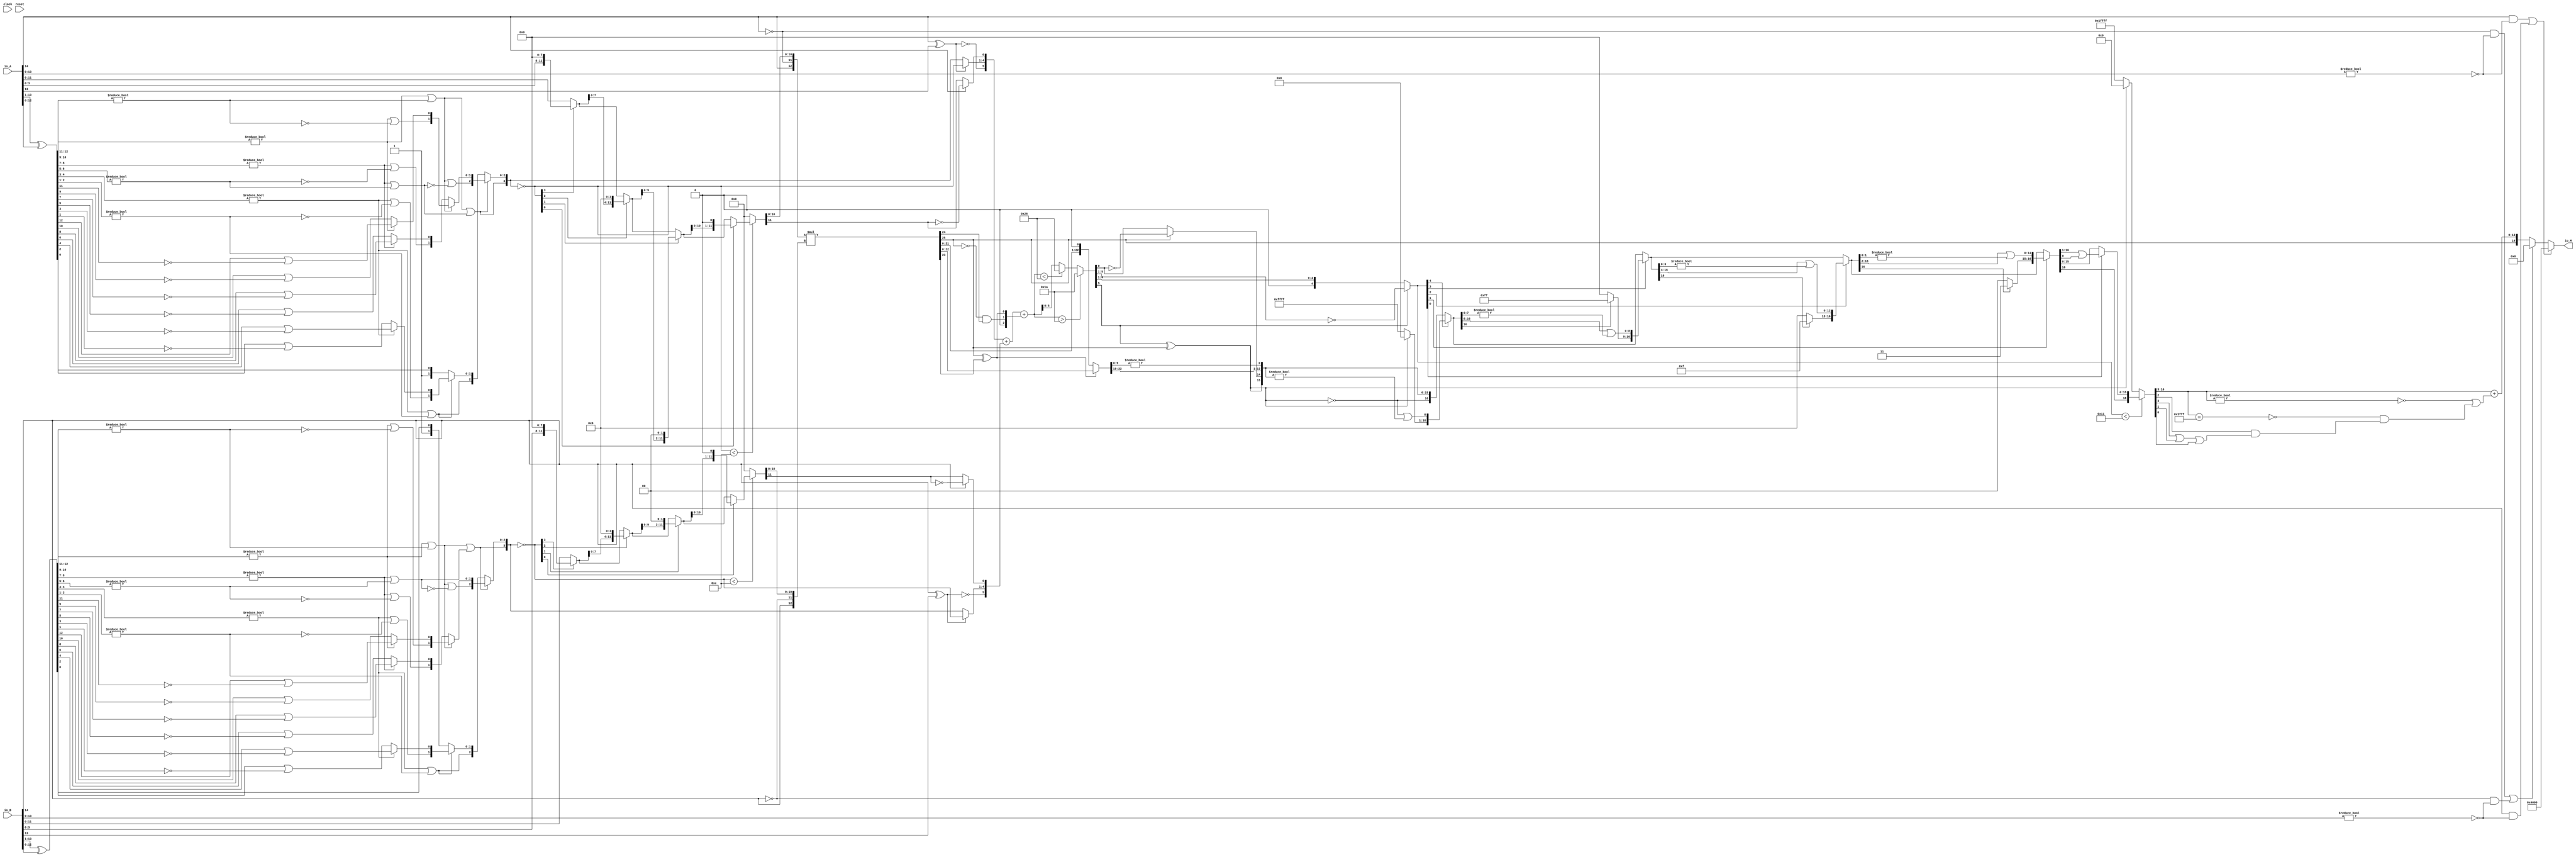
module PositMultiplier15_1(
  input         clock,
  input         reset,
  input  [14:0] io_A,
  input  [14:0] io_B,
  output [14:0] io_M
);
  wire  _T_1; // @[convert.scala 18:24]
  wire  _T_2; // @[convert.scala 18:40]
  wire  _T_3; // @[convert.scala 18:36]
  wire [12:0] _T_4; // @[convert.scala 19:24]
  wire [12:0] _T_5; // @[convert.scala 19:43]
  wire [12:0] _T_6; // @[convert.scala 19:39]
  wire [7:0] _T_7; // @[LZD.scala 43:32]
  wire [3:0] _T_8; // @[LZD.scala 43:32]
  wire [1:0] _T_9; // @[LZD.scala 43:32]
  wire  _T_10; // @[LZD.scala 39:14]
  wire  _T_11; // @[LZD.scala 39:21]
  wire  _T_12; // @[LZD.scala 39:30]
  wire  _T_13; // @[LZD.scala 39:27]
  wire  _T_14; // @[LZD.scala 39:25]
  wire [1:0] _T_15; // @[Cat.scala 29:58]
  wire [1:0] _T_16; // @[LZD.scala 44:32]
  wire  _T_17; // @[LZD.scala 39:14]
  wire  _T_18; // @[LZD.scala 39:21]
  wire  _T_19; // @[LZD.scala 39:30]
  wire  _T_20; // @[LZD.scala 39:27]
  wire  _T_21; // @[LZD.scala 39:25]
  wire [1:0] _T_22; // @[Cat.scala 29:58]
  wire  _T_23; // @[Shift.scala 12:21]
  wire  _T_24; // @[Shift.scala 12:21]
  wire  _T_25; // @[LZD.scala 49:16]
  wire  _T_26; // @[LZD.scala 49:27]
  wire  _T_27; // @[LZD.scala 49:25]
  wire  _T_28; // @[LZD.scala 49:47]
  wire  _T_29; // @[LZD.scala 49:59]
  wire  _T_30; // @[LZD.scala 49:35]
  wire [2:0] _T_32; // @[Cat.scala 29:58]
  wire [3:0] _T_33; // @[LZD.scala 44:32]
  wire [1:0] _T_34; // @[LZD.scala 43:32]
  wire  _T_35; // @[LZD.scala 39:14]
  wire  _T_36; // @[LZD.scala 39:21]
  wire  _T_37; // @[LZD.scala 39:30]
  wire  _T_38; // @[LZD.scala 39:27]
  wire  _T_39; // @[LZD.scala 39:25]
  wire [1:0] _T_40; // @[Cat.scala 29:58]
  wire [1:0] _T_41; // @[LZD.scala 44:32]
  wire  _T_42; // @[LZD.scala 39:14]
  wire  _T_43; // @[LZD.scala 39:21]
  wire  _T_44; // @[LZD.scala 39:30]
  wire  _T_45; // @[LZD.scala 39:27]
  wire  _T_46; // @[LZD.scala 39:25]
  wire [1:0] _T_47; // @[Cat.scala 29:58]
  wire  _T_48; // @[Shift.scala 12:21]
  wire  _T_49; // @[Shift.scala 12:21]
  wire  _T_50; // @[LZD.scala 49:16]
  wire  _T_51; // @[LZD.scala 49:27]
  wire  _T_52; // @[LZD.scala 49:25]
  wire  _T_53; // @[LZD.scala 49:47]
  wire  _T_54; // @[LZD.scala 49:59]
  wire  _T_55; // @[LZD.scala 49:35]
  wire [2:0] _T_57; // @[Cat.scala 29:58]
  wire  _T_58; // @[Shift.scala 12:21]
  wire  _T_59; // @[Shift.scala 12:21]
  wire  _T_60; // @[LZD.scala 49:16]
  wire  _T_61; // @[LZD.scala 49:27]
  wire  _T_62; // @[LZD.scala 49:25]
  wire [1:0] _T_63; // @[LZD.scala 49:47]
  wire [1:0] _T_64; // @[LZD.scala 49:59]
  wire [1:0] _T_65; // @[LZD.scala 49:35]
  wire [3:0] _T_67; // @[Cat.scala 29:58]
  wire [4:0] _T_68; // @[LZD.scala 44:32]
  wire [3:0] _T_69; // @[LZD.scala 43:32]
  wire [1:0] _T_70; // @[LZD.scala 43:32]
  wire  _T_71; // @[LZD.scala 39:14]
  wire  _T_72; // @[LZD.scala 39:21]
  wire  _T_73; // @[LZD.scala 39:30]
  wire  _T_74; // @[LZD.scala 39:27]
  wire  _T_75; // @[LZD.scala 39:25]
  wire [1:0] _T_76; // @[Cat.scala 29:58]
  wire [1:0] _T_77; // @[LZD.scala 44:32]
  wire  _T_78; // @[LZD.scala 39:14]
  wire  _T_79; // @[LZD.scala 39:21]
  wire  _T_80; // @[LZD.scala 39:30]
  wire  _T_81; // @[LZD.scala 39:27]
  wire  _T_82; // @[LZD.scala 39:25]
  wire [1:0] _T_83; // @[Cat.scala 29:58]
  wire  _T_84; // @[Shift.scala 12:21]
  wire  _T_85; // @[Shift.scala 12:21]
  wire  _T_86; // @[LZD.scala 49:16]
  wire  _T_87; // @[LZD.scala 49:27]
  wire  _T_88; // @[LZD.scala 49:25]
  wire  _T_89; // @[LZD.scala 49:47]
  wire  _T_90; // @[LZD.scala 49:59]
  wire  _T_91; // @[LZD.scala 49:35]
  wire [2:0] _T_93; // @[Cat.scala 29:58]
  wire  _T_94; // @[LZD.scala 44:32]
  wire  _T_96; // @[Shift.scala 12:21]
  wire [1:0] _T_98; // @[Cat.scala 29:58]
  wire [1:0] _T_99; // @[LZD.scala 55:32]
  wire [1:0] _T_100; // @[LZD.scala 55:20]
  wire [2:0] _T_101; // @[Cat.scala 29:58]
  wire  _T_102; // @[Shift.scala 12:21]
  wire [2:0] _T_104; // @[LZD.scala 55:32]
  wire [2:0] _T_105; // @[LZD.scala 55:20]
  wire [3:0] _T_106; // @[Cat.scala 29:58]
  wire [3:0] _T_107; // @[convert.scala 21:22]
  wire [11:0] _T_108; // @[convert.scala 22:36]
  wire  _T_109; // @[Shift.scala 16:24]
  wire  _T_111; // @[Shift.scala 12:21]
  wire [3:0] _T_112; // @[Shift.scala 64:52]
  wire [11:0] _T_114; // @[Cat.scala 29:58]
  wire [11:0] _T_115; // @[Shift.scala 64:27]
  wire [2:0] _T_116; // @[Shift.scala 66:70]
  wire  _T_117; // @[Shift.scala 12:21]
  wire [7:0] _T_118; // @[Shift.scala 64:52]
  wire [11:0] _T_120; // @[Cat.scala 29:58]
  wire [11:0] _T_121; // @[Shift.scala 64:27]
  wire [1:0] _T_122; // @[Shift.scala 66:70]
  wire  _T_123; // @[Shift.scala 12:21]
  wire [9:0] _T_124; // @[Shift.scala 64:52]
  wire [11:0] _T_126; // @[Cat.scala 29:58]
  wire [11:0] _T_127; // @[Shift.scala 64:27]
  wire  _T_128; // @[Shift.scala 66:70]
  wire [10:0] _T_130; // @[Shift.scala 64:52]
  wire [11:0] _T_131; // @[Cat.scala 29:58]
  wire [11:0] _T_132; // @[Shift.scala 64:27]
  wire [11:0] _T_133; // @[Shift.scala 16:10]
  wire  _T_134; // @[convert.scala 23:34]
  wire [10:0] decA_fraction; // @[convert.scala 24:34]
  wire  _T_136; // @[convert.scala 25:26]
  wire [3:0] _T_138; // @[convert.scala 25:42]
  wire  _T_141; // @[convert.scala 26:67]
  wire  _T_142; // @[convert.scala 26:51]
  wire [5:0] _T_143; // @[Cat.scala 29:58]
  wire [13:0] _T_145; // @[convert.scala 29:56]
  wire  _T_146; // @[convert.scala 29:60]
  wire  _T_147; // @[convert.scala 29:41]
  wire  decA_isNaR; // @[convert.scala 29:39]
  wire  _T_150; // @[convert.scala 30:19]
  wire  decA_isZero; // @[convert.scala 30:41]
  wire [5:0] decA_scale; // @[convert.scala 32:24]
  wire  _T_159; // @[convert.scala 18:24]
  wire  _T_160; // @[convert.scala 18:40]
  wire  _T_161; // @[convert.scala 18:36]
  wire [12:0] _T_162; // @[convert.scala 19:24]
  wire [12:0] _T_163; // @[convert.scala 19:43]
  wire [12:0] _T_164; // @[convert.scala 19:39]
  wire [7:0] _T_165; // @[LZD.scala 43:32]
  wire [3:0] _T_166; // @[LZD.scala 43:32]
  wire [1:0] _T_167; // @[LZD.scala 43:32]
  wire  _T_168; // @[LZD.scala 39:14]
  wire  _T_169; // @[LZD.scala 39:21]
  wire  _T_170; // @[LZD.scala 39:30]
  wire  _T_171; // @[LZD.scala 39:27]
  wire  _T_172; // @[LZD.scala 39:25]
  wire [1:0] _T_173; // @[Cat.scala 29:58]
  wire [1:0] _T_174; // @[LZD.scala 44:32]
  wire  _T_175; // @[LZD.scala 39:14]
  wire  _T_176; // @[LZD.scala 39:21]
  wire  _T_177; // @[LZD.scala 39:30]
  wire  _T_178; // @[LZD.scala 39:27]
  wire  _T_179; // @[LZD.scala 39:25]
  wire [1:0] _T_180; // @[Cat.scala 29:58]
  wire  _T_181; // @[Shift.scala 12:21]
  wire  _T_182; // @[Shift.scala 12:21]
  wire  _T_183; // @[LZD.scala 49:16]
  wire  _T_184; // @[LZD.scala 49:27]
  wire  _T_185; // @[LZD.scala 49:25]
  wire  _T_186; // @[LZD.scala 49:47]
  wire  _T_187; // @[LZD.scala 49:59]
  wire  _T_188; // @[LZD.scala 49:35]
  wire [2:0] _T_190; // @[Cat.scala 29:58]
  wire [3:0] _T_191; // @[LZD.scala 44:32]
  wire [1:0] _T_192; // @[LZD.scala 43:32]
  wire  _T_193; // @[LZD.scala 39:14]
  wire  _T_194; // @[LZD.scala 39:21]
  wire  _T_195; // @[LZD.scala 39:30]
  wire  _T_196; // @[LZD.scala 39:27]
  wire  _T_197; // @[LZD.scala 39:25]
  wire [1:0] _T_198; // @[Cat.scala 29:58]
  wire [1:0] _T_199; // @[LZD.scala 44:32]
  wire  _T_200; // @[LZD.scala 39:14]
  wire  _T_201; // @[LZD.scala 39:21]
  wire  _T_202; // @[LZD.scala 39:30]
  wire  _T_203; // @[LZD.scala 39:27]
  wire  _T_204; // @[LZD.scala 39:25]
  wire [1:0] _T_205; // @[Cat.scala 29:58]
  wire  _T_206; // @[Shift.scala 12:21]
  wire  _T_207; // @[Shift.scala 12:21]
  wire  _T_208; // @[LZD.scala 49:16]
  wire  _T_209; // @[LZD.scala 49:27]
  wire  _T_210; // @[LZD.scala 49:25]
  wire  _T_211; // @[LZD.scala 49:47]
  wire  _T_212; // @[LZD.scala 49:59]
  wire  _T_213; // @[LZD.scala 49:35]
  wire [2:0] _T_215; // @[Cat.scala 29:58]
  wire  _T_216; // @[Shift.scala 12:21]
  wire  _T_217; // @[Shift.scala 12:21]
  wire  _T_218; // @[LZD.scala 49:16]
  wire  _T_219; // @[LZD.scala 49:27]
  wire  _T_220; // @[LZD.scala 49:25]
  wire [1:0] _T_221; // @[LZD.scala 49:47]
  wire [1:0] _T_222; // @[LZD.scala 49:59]
  wire [1:0] _T_223; // @[LZD.scala 49:35]
  wire [3:0] _T_225; // @[Cat.scala 29:58]
  wire [4:0] _T_226; // @[LZD.scala 44:32]
  wire [3:0] _T_227; // @[LZD.scala 43:32]
  wire [1:0] _T_228; // @[LZD.scala 43:32]
  wire  _T_229; // @[LZD.scala 39:14]
  wire  _T_230; // @[LZD.scala 39:21]
  wire  _T_231; // @[LZD.scala 39:30]
  wire  _T_232; // @[LZD.scala 39:27]
  wire  _T_233; // @[LZD.scala 39:25]
  wire [1:0] _T_234; // @[Cat.scala 29:58]
  wire [1:0] _T_235; // @[LZD.scala 44:32]
  wire  _T_236; // @[LZD.scala 39:14]
  wire  _T_237; // @[LZD.scala 39:21]
  wire  _T_238; // @[LZD.scala 39:30]
  wire  _T_239; // @[LZD.scala 39:27]
  wire  _T_240; // @[LZD.scala 39:25]
  wire [1:0] _T_241; // @[Cat.scala 29:58]
  wire  _T_242; // @[Shift.scala 12:21]
  wire  _T_243; // @[Shift.scala 12:21]
  wire  _T_244; // @[LZD.scala 49:16]
  wire  _T_245; // @[LZD.scala 49:27]
  wire  _T_246; // @[LZD.scala 49:25]
  wire  _T_247; // @[LZD.scala 49:47]
  wire  _T_248; // @[LZD.scala 49:59]
  wire  _T_249; // @[LZD.scala 49:35]
  wire [2:0] _T_251; // @[Cat.scala 29:58]
  wire  _T_252; // @[LZD.scala 44:32]
  wire  _T_254; // @[Shift.scala 12:21]
  wire [1:0] _T_256; // @[Cat.scala 29:58]
  wire [1:0] _T_257; // @[LZD.scala 55:32]
  wire [1:0] _T_258; // @[LZD.scala 55:20]
  wire [2:0] _T_259; // @[Cat.scala 29:58]
  wire  _T_260; // @[Shift.scala 12:21]
  wire [2:0] _T_262; // @[LZD.scala 55:32]
  wire [2:0] _T_263; // @[LZD.scala 55:20]
  wire [3:0] _T_264; // @[Cat.scala 29:58]
  wire [3:0] _T_265; // @[convert.scala 21:22]
  wire [11:0] _T_266; // @[convert.scala 22:36]
  wire  _T_267; // @[Shift.scala 16:24]
  wire  _T_269; // @[Shift.scala 12:21]
  wire [3:0] _T_270; // @[Shift.scala 64:52]
  wire [11:0] _T_272; // @[Cat.scala 29:58]
  wire [11:0] _T_273; // @[Shift.scala 64:27]
  wire [2:0] _T_274; // @[Shift.scala 66:70]
  wire  _T_275; // @[Shift.scala 12:21]
  wire [7:0] _T_276; // @[Shift.scala 64:52]
  wire [11:0] _T_278; // @[Cat.scala 29:58]
  wire [11:0] _T_279; // @[Shift.scala 64:27]
  wire [1:0] _T_280; // @[Shift.scala 66:70]
  wire  _T_281; // @[Shift.scala 12:21]
  wire [9:0] _T_282; // @[Shift.scala 64:52]
  wire [11:0] _T_284; // @[Cat.scala 29:58]
  wire [11:0] _T_285; // @[Shift.scala 64:27]
  wire  _T_286; // @[Shift.scala 66:70]
  wire [10:0] _T_288; // @[Shift.scala 64:52]
  wire [11:0] _T_289; // @[Cat.scala 29:58]
  wire [11:0] _T_290; // @[Shift.scala 64:27]
  wire [11:0] _T_291; // @[Shift.scala 16:10]
  wire  _T_292; // @[convert.scala 23:34]
  wire [10:0] decB_fraction; // @[convert.scala 24:34]
  wire  _T_294; // @[convert.scala 25:26]
  wire [3:0] _T_296; // @[convert.scala 25:42]
  wire  _T_299; // @[convert.scala 26:67]
  wire  _T_300; // @[convert.scala 26:51]
  wire [5:0] _T_301; // @[Cat.scala 29:58]
  wire [13:0] _T_303; // @[convert.scala 29:56]
  wire  _T_304; // @[convert.scala 29:60]
  wire  _T_305; // @[convert.scala 29:41]
  wire  decB_isNaR; // @[convert.scala 29:39]
  wire  _T_308; // @[convert.scala 30:19]
  wire  decB_isZero; // @[convert.scala 30:41]
  wire [5:0] decB_scale; // @[convert.scala 32:24]
  wire  _T_316; // @[PositMultiplier.scala 43:34]
  wire [12:0] _T_318; // @[Cat.scala 29:58]
  wire [12:0] sigA; // @[PositMultiplier.scala 43:61]
  wire  _T_319; // @[PositMultiplier.scala 44:34]
  wire [12:0] _T_321; // @[Cat.scala 29:58]
  wire [12:0] sigB; // @[PositMultiplier.scala 44:61]
  wire [25:0] _T_322; // @[PositMultiplier.scala 45:25]
  wire [25:0] sigP; // @[PositMultiplier.scala 45:33]
  wire [1:0] head2; // @[PositMultiplier.scala 46:28]
  wire  _T_323; // @[PositMultiplier.scala 47:31]
  wire  _T_324; // @[PositMultiplier.scala 47:25]
  wire  _T_325; // @[PositMultiplier.scala 47:42]
  wire  addTwo; // @[PositMultiplier.scala 47:35]
  wire  _T_326; // @[PositMultiplier.scala 49:23]
  wire  _T_327; // @[PositMultiplier.scala 49:49]
  wire  addOne; // @[PositMultiplier.scala 49:43]
  wire [1:0] _T_328; // @[Cat.scala 29:58]
  wire [2:0] expBias; // @[PositMultiplier.scala 50:39]
  wire [22:0] _T_329; // @[PositMultiplier.scala 53:81]
  wire [21:0] _T_330; // @[PositMultiplier.scala 54:81]
  wire [22:0] _T_331; // @[PositMultiplier.scala 54:104]
  wire [22:0] frac; // @[PositMultiplier.scala 51:22]
  wire [6:0] _T_332; // @[PositMultiplier.scala 56:30]
  wire [6:0] _GEN_0; // @[PositMultiplier.scala 56:44]
  wire [6:0] _T_334; // @[PositMultiplier.scala 56:44]
  wire [6:0] mulScale; // @[PositMultiplier.scala 56:44]
  wire  underflow; // @[PositMultiplier.scala 57:28]
  wire  overflow; // @[PositMultiplier.scala 58:28]
  wire  decM_sign; // @[PositMultiplier.scala 62:29]
  wire [6:0] _T_337; // @[Mux.scala 87:16]
  wire [6:0] _T_338; // @[Mux.scala 87:16]
  wire [10:0] decM_fraction; // @[PositMultiplier.scala 70:29]
  wire  decM_isNaR; // @[PositMultiplier.scala 71:31]
  wire  decM_isZero; // @[PositMultiplier.scala 72:32]
  wire [11:0] grsTmp; // @[PositMultiplier.scala 75:30]
  wire [1:0] _T_342; // @[PositMultiplier.scala 78:32]
  wire [9:0] _T_343; // @[PositMultiplier.scala 78:48]
  wire  _T_344; // @[PositMultiplier.scala 78:52]
  wire [5:0] _GEN_1; // @[PositMultiplier.scala 60:23 PositMultiplier.scala 63:17]
  wire [5:0] decM_scale; // @[PositMultiplier.scala 60:23 PositMultiplier.scala 63:17]
  wire  _T_347; // @[convert.scala 46:61]
  wire  _T_348; // @[convert.scala 46:52]
  wire  _T_350; // @[convert.scala 46:42]
  wire [4:0] _T_351; // @[convert.scala 48:34]
  wire  _T_352; // @[convert.scala 49:36]
  wire [4:0] _T_354; // @[convert.scala 50:36]
  wire [4:0] _T_355; // @[convert.scala 50:36]
  wire [4:0] _T_356; // @[convert.scala 50:28]
  wire  _T_357; // @[convert.scala 51:31]
  wire  _T_358; // @[convert.scala 52:43]
  wire [16:0] _T_362; // @[Cat.scala 29:58]
  wire [4:0] _T_363; // @[Shift.scala 39:17]
  wire  _T_364; // @[Shift.scala 39:24]
  wire  _T_366; // @[Shift.scala 90:30]
  wire [15:0] _T_367; // @[Shift.scala 90:48]
  wire  _T_368; // @[Shift.scala 90:57]
  wire  _T_369; // @[Shift.scala 90:39]
  wire  _T_370; // @[Shift.scala 12:21]
  wire  _T_371; // @[Shift.scala 12:21]
  wire [15:0] _T_373; // @[Bitwise.scala 71:12]
  wire [16:0] _T_374; // @[Cat.scala 29:58]
  wire [16:0] _T_375; // @[Shift.scala 91:22]
  wire [3:0] _T_376; // @[Shift.scala 92:77]
  wire [8:0] _T_377; // @[Shift.scala 90:30]
  wire [7:0] _T_378; // @[Shift.scala 90:48]
  wire  _T_379; // @[Shift.scala 90:57]
  wire [8:0] _GEN_2; // @[Shift.scala 90:39]
  wire [8:0] _T_380; // @[Shift.scala 90:39]
  wire  _T_381; // @[Shift.scala 12:21]
  wire  _T_382; // @[Shift.scala 12:21]
  wire [7:0] _T_384; // @[Bitwise.scala 71:12]
  wire [16:0] _T_385; // @[Cat.scala 29:58]
  wire [16:0] _T_386; // @[Shift.scala 91:22]
  wire [2:0] _T_387; // @[Shift.scala 92:77]
  wire [12:0] _T_388; // @[Shift.scala 90:30]
  wire [3:0] _T_389; // @[Shift.scala 90:48]
  wire  _T_390; // @[Shift.scala 90:57]
  wire [12:0] _GEN_3; // @[Shift.scala 90:39]
  wire [12:0] _T_391; // @[Shift.scala 90:39]
  wire  _T_392; // @[Shift.scala 12:21]
  wire  _T_393; // @[Shift.scala 12:21]
  wire [3:0] _T_395; // @[Bitwise.scala 71:12]
  wire [16:0] _T_396; // @[Cat.scala 29:58]
  wire [16:0] _T_397; // @[Shift.scala 91:22]
  wire [1:0] _T_398; // @[Shift.scala 92:77]
  wire [14:0] _T_399; // @[Shift.scala 90:30]
  wire [1:0] _T_400; // @[Shift.scala 90:48]
  wire  _T_401; // @[Shift.scala 90:57]
  wire [14:0] _GEN_4; // @[Shift.scala 90:39]
  wire [14:0] _T_402; // @[Shift.scala 90:39]
  wire  _T_403; // @[Shift.scala 12:21]
  wire  _T_404; // @[Shift.scala 12:21]
  wire [1:0] _T_406; // @[Bitwise.scala 71:12]
  wire [16:0] _T_407; // @[Cat.scala 29:58]
  wire [16:0] _T_408; // @[Shift.scala 91:22]
  wire  _T_409; // @[Shift.scala 92:77]
  wire [15:0] _T_410; // @[Shift.scala 90:30]
  wire  _T_411; // @[Shift.scala 90:48]
  wire [15:0] _GEN_5; // @[Shift.scala 90:39]
  wire [15:0] _T_413; // @[Shift.scala 90:39]
  wire  _T_415; // @[Shift.scala 12:21]
  wire [16:0] _T_416; // @[Cat.scala 29:58]
  wire [16:0] _T_417; // @[Shift.scala 91:22]
  wire [16:0] _T_420; // @[Bitwise.scala 71:12]
  wire [16:0] _T_421; // @[Shift.scala 39:10]
  wire  _T_422; // @[convert.scala 55:31]
  wire  _T_423; // @[convert.scala 56:31]
  wire  _T_424; // @[convert.scala 57:31]
  wire  _T_425; // @[convert.scala 58:31]
  wire [13:0] _T_426; // @[convert.scala 59:69]
  wire  _T_427; // @[convert.scala 59:81]
  wire  _T_428; // @[convert.scala 59:50]
  wire  _T_430; // @[convert.scala 60:81]
  wire  _T_431; // @[convert.scala 61:44]
  wire  _T_432; // @[convert.scala 61:52]
  wire  _T_433; // @[convert.scala 61:36]
  wire  _T_434; // @[convert.scala 62:63]
  wire  _T_435; // @[convert.scala 62:103]
  wire  _T_436; // @[convert.scala 62:60]
  wire [13:0] _GEN_6; // @[convert.scala 63:56]
  wire [13:0] _T_439; // @[convert.scala 63:56]
  wire [14:0] _T_440; // @[Cat.scala 29:58]
  wire [14:0] _T_442; // @[Mux.scala 87:16]
  assign _T_1 = io_A[14]; // @[convert.scala 18:24]
  assign _T_2 = io_A[13]; // @[convert.scala 18:40]
  assign _T_3 = _T_1 ^ _T_2; // @[convert.scala 18:36]
  assign _T_4 = io_A[13:1]; // @[convert.scala 19:24]
  assign _T_5 = io_A[12:0]; // @[convert.scala 19:43]
  assign _T_6 = _T_4 ^ _T_5; // @[convert.scala 19:39]
  assign _T_7 = _T_6[12:5]; // @[LZD.scala 43:32]
  assign _T_8 = _T_7[7:4]; // @[LZD.scala 43:32]
  assign _T_9 = _T_8[3:2]; // @[LZD.scala 43:32]
  assign _T_10 = _T_9 != 2'h0; // @[LZD.scala 39:14]
  assign _T_11 = _T_9[1]; // @[LZD.scala 39:21]
  assign _T_12 = _T_9[0]; // @[LZD.scala 39:30]
  assign _T_13 = ~ _T_12; // @[LZD.scala 39:27]
  assign _T_14 = _T_11 | _T_13; // @[LZD.scala 39:25]
  assign _T_15 = {_T_10,_T_14}; // @[Cat.scala 29:58]
  assign _T_16 = _T_8[1:0]; // @[LZD.scala 44:32]
  assign _T_17 = _T_16 != 2'h0; // @[LZD.scala 39:14]
  assign _T_18 = _T_16[1]; // @[LZD.scala 39:21]
  assign _T_19 = _T_16[0]; // @[LZD.scala 39:30]
  assign _T_20 = ~ _T_19; // @[LZD.scala 39:27]
  assign _T_21 = _T_18 | _T_20; // @[LZD.scala 39:25]
  assign _T_22 = {_T_17,_T_21}; // @[Cat.scala 29:58]
  assign _T_23 = _T_15[1]; // @[Shift.scala 12:21]
  assign _T_24 = _T_22[1]; // @[Shift.scala 12:21]
  assign _T_25 = _T_23 | _T_24; // @[LZD.scala 49:16]
  assign _T_26 = ~ _T_24; // @[LZD.scala 49:27]
  assign _T_27 = _T_23 | _T_26; // @[LZD.scala 49:25]
  assign _T_28 = _T_15[0:0]; // @[LZD.scala 49:47]
  assign _T_29 = _T_22[0:0]; // @[LZD.scala 49:59]
  assign _T_30 = _T_23 ? _T_28 : _T_29; // @[LZD.scala 49:35]
  assign _T_32 = {_T_25,_T_27,_T_30}; // @[Cat.scala 29:58]
  assign _T_33 = _T_7[3:0]; // @[LZD.scala 44:32]
  assign _T_34 = _T_33[3:2]; // @[LZD.scala 43:32]
  assign _T_35 = _T_34 != 2'h0; // @[LZD.scala 39:14]
  assign _T_36 = _T_34[1]; // @[LZD.scala 39:21]
  assign _T_37 = _T_34[0]; // @[LZD.scala 39:30]
  assign _T_38 = ~ _T_37; // @[LZD.scala 39:27]
  assign _T_39 = _T_36 | _T_38; // @[LZD.scala 39:25]
  assign _T_40 = {_T_35,_T_39}; // @[Cat.scala 29:58]
  assign _T_41 = _T_33[1:0]; // @[LZD.scala 44:32]
  assign _T_42 = _T_41 != 2'h0; // @[LZD.scala 39:14]
  assign _T_43 = _T_41[1]; // @[LZD.scala 39:21]
  assign _T_44 = _T_41[0]; // @[LZD.scala 39:30]
  assign _T_45 = ~ _T_44; // @[LZD.scala 39:27]
  assign _T_46 = _T_43 | _T_45; // @[LZD.scala 39:25]
  assign _T_47 = {_T_42,_T_46}; // @[Cat.scala 29:58]
  assign _T_48 = _T_40[1]; // @[Shift.scala 12:21]
  assign _T_49 = _T_47[1]; // @[Shift.scala 12:21]
  assign _T_50 = _T_48 | _T_49; // @[LZD.scala 49:16]
  assign _T_51 = ~ _T_49; // @[LZD.scala 49:27]
  assign _T_52 = _T_48 | _T_51; // @[LZD.scala 49:25]
  assign _T_53 = _T_40[0:0]; // @[LZD.scala 49:47]
  assign _T_54 = _T_47[0:0]; // @[LZD.scala 49:59]
  assign _T_55 = _T_48 ? _T_53 : _T_54; // @[LZD.scala 49:35]
  assign _T_57 = {_T_50,_T_52,_T_55}; // @[Cat.scala 29:58]
  assign _T_58 = _T_32[2]; // @[Shift.scala 12:21]
  assign _T_59 = _T_57[2]; // @[Shift.scala 12:21]
  assign _T_60 = _T_58 | _T_59; // @[LZD.scala 49:16]
  assign _T_61 = ~ _T_59; // @[LZD.scala 49:27]
  assign _T_62 = _T_58 | _T_61; // @[LZD.scala 49:25]
  assign _T_63 = _T_32[1:0]; // @[LZD.scala 49:47]
  assign _T_64 = _T_57[1:0]; // @[LZD.scala 49:59]
  assign _T_65 = _T_58 ? _T_63 : _T_64; // @[LZD.scala 49:35]
  assign _T_67 = {_T_60,_T_62,_T_65}; // @[Cat.scala 29:58]
  assign _T_68 = _T_6[4:0]; // @[LZD.scala 44:32]
  assign _T_69 = _T_68[4:1]; // @[LZD.scala 43:32]
  assign _T_70 = _T_69[3:2]; // @[LZD.scala 43:32]
  assign _T_71 = _T_70 != 2'h0; // @[LZD.scala 39:14]
  assign _T_72 = _T_70[1]; // @[LZD.scala 39:21]
  assign _T_73 = _T_70[0]; // @[LZD.scala 39:30]
  assign _T_74 = ~ _T_73; // @[LZD.scala 39:27]
  assign _T_75 = _T_72 | _T_74; // @[LZD.scala 39:25]
  assign _T_76 = {_T_71,_T_75}; // @[Cat.scala 29:58]
  assign _T_77 = _T_69[1:0]; // @[LZD.scala 44:32]
  assign _T_78 = _T_77 != 2'h0; // @[LZD.scala 39:14]
  assign _T_79 = _T_77[1]; // @[LZD.scala 39:21]
  assign _T_80 = _T_77[0]; // @[LZD.scala 39:30]
  assign _T_81 = ~ _T_80; // @[LZD.scala 39:27]
  assign _T_82 = _T_79 | _T_81; // @[LZD.scala 39:25]
  assign _T_83 = {_T_78,_T_82}; // @[Cat.scala 29:58]
  assign _T_84 = _T_76[1]; // @[Shift.scala 12:21]
  assign _T_85 = _T_83[1]; // @[Shift.scala 12:21]
  assign _T_86 = _T_84 | _T_85; // @[LZD.scala 49:16]
  assign _T_87 = ~ _T_85; // @[LZD.scala 49:27]
  assign _T_88 = _T_84 | _T_87; // @[LZD.scala 49:25]
  assign _T_89 = _T_76[0:0]; // @[LZD.scala 49:47]
  assign _T_90 = _T_83[0:0]; // @[LZD.scala 49:59]
  assign _T_91 = _T_84 ? _T_89 : _T_90; // @[LZD.scala 49:35]
  assign _T_93 = {_T_86,_T_88,_T_91}; // @[Cat.scala 29:58]
  assign _T_94 = _T_68[0:0]; // @[LZD.scala 44:32]
  assign _T_96 = _T_93[2]; // @[Shift.scala 12:21]
  assign _T_98 = {1'h1,_T_94}; // @[Cat.scala 29:58]
  assign _T_99 = _T_93[1:0]; // @[LZD.scala 55:32]
  assign _T_100 = _T_96 ? _T_99 : _T_98; // @[LZD.scala 55:20]
  assign _T_101 = {_T_96,_T_100}; // @[Cat.scala 29:58]
  assign _T_102 = _T_67[3]; // @[Shift.scala 12:21]
  assign _T_104 = _T_67[2:0]; // @[LZD.scala 55:32]
  assign _T_105 = _T_102 ? _T_104 : _T_101; // @[LZD.scala 55:20]
  assign _T_106 = {_T_102,_T_105}; // @[Cat.scala 29:58]
  assign _T_107 = ~ _T_106; // @[convert.scala 21:22]
  assign _T_108 = io_A[11:0]; // @[convert.scala 22:36]
  assign _T_109 = _T_107 < 4'hc; // @[Shift.scala 16:24]
  assign _T_111 = _T_107[3]; // @[Shift.scala 12:21]
  assign _T_112 = _T_108[3:0]; // @[Shift.scala 64:52]
  assign _T_114 = {_T_112,8'h0}; // @[Cat.scala 29:58]
  assign _T_115 = _T_111 ? _T_114 : _T_108; // @[Shift.scala 64:27]
  assign _T_116 = _T_107[2:0]; // @[Shift.scala 66:70]
  assign _T_117 = _T_116[2]; // @[Shift.scala 12:21]
  assign _T_118 = _T_115[7:0]; // @[Shift.scala 64:52]
  assign _T_120 = {_T_118,4'h0}; // @[Cat.scala 29:58]
  assign _T_121 = _T_117 ? _T_120 : _T_115; // @[Shift.scala 64:27]
  assign _T_122 = _T_116[1:0]; // @[Shift.scala 66:70]
  assign _T_123 = _T_122[1]; // @[Shift.scala 12:21]
  assign _T_124 = _T_121[9:0]; // @[Shift.scala 64:52]
  assign _T_126 = {_T_124,2'h0}; // @[Cat.scala 29:58]
  assign _T_127 = _T_123 ? _T_126 : _T_121; // @[Shift.scala 64:27]
  assign _T_128 = _T_122[0:0]; // @[Shift.scala 66:70]
  assign _T_130 = _T_127[10:0]; // @[Shift.scala 64:52]
  assign _T_131 = {_T_130,1'h0}; // @[Cat.scala 29:58]
  assign _T_132 = _T_128 ? _T_131 : _T_127; // @[Shift.scala 64:27]
  assign _T_133 = _T_109 ? _T_132 : 12'h0; // @[Shift.scala 16:10]
  assign _T_134 = _T_133[11:11]; // @[convert.scala 23:34]
  assign decA_fraction = _T_133[10:0]; // @[convert.scala 24:34]
  assign _T_136 = _T_3 == 1'h0; // @[convert.scala 25:26]
  assign _T_138 = _T_3 ? _T_107 : _T_106; // @[convert.scala 25:42]
  assign _T_141 = ~ _T_134; // @[convert.scala 26:67]
  assign _T_142 = _T_1 ? _T_141 : _T_134; // @[convert.scala 26:51]
  assign _T_143 = {_T_136,_T_138,_T_142}; // @[Cat.scala 29:58]
  assign _T_145 = io_A[13:0]; // @[convert.scala 29:56]
  assign _T_146 = _T_145 != 14'h0; // @[convert.scala 29:60]
  assign _T_147 = ~ _T_146; // @[convert.scala 29:41]
  assign decA_isNaR = _T_1 & _T_147; // @[convert.scala 29:39]
  assign _T_150 = _T_1 == 1'h0; // @[convert.scala 30:19]
  assign decA_isZero = _T_150 & _T_147; // @[convert.scala 30:41]
  assign decA_scale = $signed(_T_143); // @[convert.scala 32:24]
  assign _T_159 = io_B[14]; // @[convert.scala 18:24]
  assign _T_160 = io_B[13]; // @[convert.scala 18:40]
  assign _T_161 = _T_159 ^ _T_160; // @[convert.scala 18:36]
  assign _T_162 = io_B[13:1]; // @[convert.scala 19:24]
  assign _T_163 = io_B[12:0]; // @[convert.scala 19:43]
  assign _T_164 = _T_162 ^ _T_163; // @[convert.scala 19:39]
  assign _T_165 = _T_164[12:5]; // @[LZD.scala 43:32]
  assign _T_166 = _T_165[7:4]; // @[LZD.scala 43:32]
  assign _T_167 = _T_166[3:2]; // @[LZD.scala 43:32]
  assign _T_168 = _T_167 != 2'h0; // @[LZD.scala 39:14]
  assign _T_169 = _T_167[1]; // @[LZD.scala 39:21]
  assign _T_170 = _T_167[0]; // @[LZD.scala 39:30]
  assign _T_171 = ~ _T_170; // @[LZD.scala 39:27]
  assign _T_172 = _T_169 | _T_171; // @[LZD.scala 39:25]
  assign _T_173 = {_T_168,_T_172}; // @[Cat.scala 29:58]
  assign _T_174 = _T_166[1:0]; // @[LZD.scala 44:32]
  assign _T_175 = _T_174 != 2'h0; // @[LZD.scala 39:14]
  assign _T_176 = _T_174[1]; // @[LZD.scala 39:21]
  assign _T_177 = _T_174[0]; // @[LZD.scala 39:30]
  assign _T_178 = ~ _T_177; // @[LZD.scala 39:27]
  assign _T_179 = _T_176 | _T_178; // @[LZD.scala 39:25]
  assign _T_180 = {_T_175,_T_179}; // @[Cat.scala 29:58]
  assign _T_181 = _T_173[1]; // @[Shift.scala 12:21]
  assign _T_182 = _T_180[1]; // @[Shift.scala 12:21]
  assign _T_183 = _T_181 | _T_182; // @[LZD.scala 49:16]
  assign _T_184 = ~ _T_182; // @[LZD.scala 49:27]
  assign _T_185 = _T_181 | _T_184; // @[LZD.scala 49:25]
  assign _T_186 = _T_173[0:0]; // @[LZD.scala 49:47]
  assign _T_187 = _T_180[0:0]; // @[LZD.scala 49:59]
  assign _T_188 = _T_181 ? _T_186 : _T_187; // @[LZD.scala 49:35]
  assign _T_190 = {_T_183,_T_185,_T_188}; // @[Cat.scala 29:58]
  assign _T_191 = _T_165[3:0]; // @[LZD.scala 44:32]
  assign _T_192 = _T_191[3:2]; // @[LZD.scala 43:32]
  assign _T_193 = _T_192 != 2'h0; // @[LZD.scala 39:14]
  assign _T_194 = _T_192[1]; // @[LZD.scala 39:21]
  assign _T_195 = _T_192[0]; // @[LZD.scala 39:30]
  assign _T_196 = ~ _T_195; // @[LZD.scala 39:27]
  assign _T_197 = _T_194 | _T_196; // @[LZD.scala 39:25]
  assign _T_198 = {_T_193,_T_197}; // @[Cat.scala 29:58]
  assign _T_199 = _T_191[1:0]; // @[LZD.scala 44:32]
  assign _T_200 = _T_199 != 2'h0; // @[LZD.scala 39:14]
  assign _T_201 = _T_199[1]; // @[LZD.scala 39:21]
  assign _T_202 = _T_199[0]; // @[LZD.scala 39:30]
  assign _T_203 = ~ _T_202; // @[LZD.scala 39:27]
  assign _T_204 = _T_201 | _T_203; // @[LZD.scala 39:25]
  assign _T_205 = {_T_200,_T_204}; // @[Cat.scala 29:58]
  assign _T_206 = _T_198[1]; // @[Shift.scala 12:21]
  assign _T_207 = _T_205[1]; // @[Shift.scala 12:21]
  assign _T_208 = _T_206 | _T_207; // @[LZD.scala 49:16]
  assign _T_209 = ~ _T_207; // @[LZD.scala 49:27]
  assign _T_210 = _T_206 | _T_209; // @[LZD.scala 49:25]
  assign _T_211 = _T_198[0:0]; // @[LZD.scala 49:47]
  assign _T_212 = _T_205[0:0]; // @[LZD.scala 49:59]
  assign _T_213 = _T_206 ? _T_211 : _T_212; // @[LZD.scala 49:35]
  assign _T_215 = {_T_208,_T_210,_T_213}; // @[Cat.scala 29:58]
  assign _T_216 = _T_190[2]; // @[Shift.scala 12:21]
  assign _T_217 = _T_215[2]; // @[Shift.scala 12:21]
  assign _T_218 = _T_216 | _T_217; // @[LZD.scala 49:16]
  assign _T_219 = ~ _T_217; // @[LZD.scala 49:27]
  assign _T_220 = _T_216 | _T_219; // @[LZD.scala 49:25]
  assign _T_221 = _T_190[1:0]; // @[LZD.scala 49:47]
  assign _T_222 = _T_215[1:0]; // @[LZD.scala 49:59]
  assign _T_223 = _T_216 ? _T_221 : _T_222; // @[LZD.scala 49:35]
  assign _T_225 = {_T_218,_T_220,_T_223}; // @[Cat.scala 29:58]
  assign _T_226 = _T_164[4:0]; // @[LZD.scala 44:32]
  assign _T_227 = _T_226[4:1]; // @[LZD.scala 43:32]
  assign _T_228 = _T_227[3:2]; // @[LZD.scala 43:32]
  assign _T_229 = _T_228 != 2'h0; // @[LZD.scala 39:14]
  assign _T_230 = _T_228[1]; // @[LZD.scala 39:21]
  assign _T_231 = _T_228[0]; // @[LZD.scala 39:30]
  assign _T_232 = ~ _T_231; // @[LZD.scala 39:27]
  assign _T_233 = _T_230 | _T_232; // @[LZD.scala 39:25]
  assign _T_234 = {_T_229,_T_233}; // @[Cat.scala 29:58]
  assign _T_235 = _T_227[1:0]; // @[LZD.scala 44:32]
  assign _T_236 = _T_235 != 2'h0; // @[LZD.scala 39:14]
  assign _T_237 = _T_235[1]; // @[LZD.scala 39:21]
  assign _T_238 = _T_235[0]; // @[LZD.scala 39:30]
  assign _T_239 = ~ _T_238; // @[LZD.scala 39:27]
  assign _T_240 = _T_237 | _T_239; // @[LZD.scala 39:25]
  assign _T_241 = {_T_236,_T_240}; // @[Cat.scala 29:58]
  assign _T_242 = _T_234[1]; // @[Shift.scala 12:21]
  assign _T_243 = _T_241[1]; // @[Shift.scala 12:21]
  assign _T_244 = _T_242 | _T_243; // @[LZD.scala 49:16]
  assign _T_245 = ~ _T_243; // @[LZD.scala 49:27]
  assign _T_246 = _T_242 | _T_245; // @[LZD.scala 49:25]
  assign _T_247 = _T_234[0:0]; // @[LZD.scala 49:47]
  assign _T_248 = _T_241[0:0]; // @[LZD.scala 49:59]
  assign _T_249 = _T_242 ? _T_247 : _T_248; // @[LZD.scala 49:35]
  assign _T_251 = {_T_244,_T_246,_T_249}; // @[Cat.scala 29:58]
  assign _T_252 = _T_226[0:0]; // @[LZD.scala 44:32]
  assign _T_254 = _T_251[2]; // @[Shift.scala 12:21]
  assign _T_256 = {1'h1,_T_252}; // @[Cat.scala 29:58]
  assign _T_257 = _T_251[1:0]; // @[LZD.scala 55:32]
  assign _T_258 = _T_254 ? _T_257 : _T_256; // @[LZD.scala 55:20]
  assign _T_259 = {_T_254,_T_258}; // @[Cat.scala 29:58]
  assign _T_260 = _T_225[3]; // @[Shift.scala 12:21]
  assign _T_262 = _T_225[2:0]; // @[LZD.scala 55:32]
  assign _T_263 = _T_260 ? _T_262 : _T_259; // @[LZD.scala 55:20]
  assign _T_264 = {_T_260,_T_263}; // @[Cat.scala 29:58]
  assign _T_265 = ~ _T_264; // @[convert.scala 21:22]
  assign _T_266 = io_B[11:0]; // @[convert.scala 22:36]
  assign _T_267 = _T_265 < 4'hc; // @[Shift.scala 16:24]
  assign _T_269 = _T_265[3]; // @[Shift.scala 12:21]
  assign _T_270 = _T_266[3:0]; // @[Shift.scala 64:52]
  assign _T_272 = {_T_270,8'h0}; // @[Cat.scala 29:58]
  assign _T_273 = _T_269 ? _T_272 : _T_266; // @[Shift.scala 64:27]
  assign _T_274 = _T_265[2:0]; // @[Shift.scala 66:70]
  assign _T_275 = _T_274[2]; // @[Shift.scala 12:21]
  assign _T_276 = _T_273[7:0]; // @[Shift.scala 64:52]
  assign _T_278 = {_T_276,4'h0}; // @[Cat.scala 29:58]
  assign _T_279 = _T_275 ? _T_278 : _T_273; // @[Shift.scala 64:27]
  assign _T_280 = _T_274[1:0]; // @[Shift.scala 66:70]
  assign _T_281 = _T_280[1]; // @[Shift.scala 12:21]
  assign _T_282 = _T_279[9:0]; // @[Shift.scala 64:52]
  assign _T_284 = {_T_282,2'h0}; // @[Cat.scala 29:58]
  assign _T_285 = _T_281 ? _T_284 : _T_279; // @[Shift.scala 64:27]
  assign _T_286 = _T_280[0:0]; // @[Shift.scala 66:70]
  assign _T_288 = _T_285[10:0]; // @[Shift.scala 64:52]
  assign _T_289 = {_T_288,1'h0}; // @[Cat.scala 29:58]
  assign _T_290 = _T_286 ? _T_289 : _T_285; // @[Shift.scala 64:27]
  assign _T_291 = _T_267 ? _T_290 : 12'h0; // @[Shift.scala 16:10]
  assign _T_292 = _T_291[11:11]; // @[convert.scala 23:34]
  assign decB_fraction = _T_291[10:0]; // @[convert.scala 24:34]
  assign _T_294 = _T_161 == 1'h0; // @[convert.scala 25:26]
  assign _T_296 = _T_161 ? _T_265 : _T_264; // @[convert.scala 25:42]
  assign _T_299 = ~ _T_292; // @[convert.scala 26:67]
  assign _T_300 = _T_159 ? _T_299 : _T_292; // @[convert.scala 26:51]
  assign _T_301 = {_T_294,_T_296,_T_300}; // @[Cat.scala 29:58]
  assign _T_303 = io_B[13:0]; // @[convert.scala 29:56]
  assign _T_304 = _T_303 != 14'h0; // @[convert.scala 29:60]
  assign _T_305 = ~ _T_304; // @[convert.scala 29:41]
  assign decB_isNaR = _T_159 & _T_305; // @[convert.scala 29:39]
  assign _T_308 = _T_159 == 1'h0; // @[convert.scala 30:19]
  assign decB_isZero = _T_308 & _T_305; // @[convert.scala 30:41]
  assign decB_scale = $signed(_T_301); // @[convert.scala 32:24]
  assign _T_316 = ~ _T_1; // @[PositMultiplier.scala 43:34]
  assign _T_318 = {_T_1,_T_316,decA_fraction}; // @[Cat.scala 29:58]
  assign sigA = $signed(_T_318); // @[PositMultiplier.scala 43:61]
  assign _T_319 = ~ _T_159; // @[PositMultiplier.scala 44:34]
  assign _T_321 = {_T_159,_T_319,decB_fraction}; // @[Cat.scala 29:58]
  assign sigB = $signed(_T_321); // @[PositMultiplier.scala 44:61]
  assign _T_322 = $signed(sigA) * $signed(sigB); // @[PositMultiplier.scala 45:25]
  assign sigP = $unsigned(_T_322); // @[PositMultiplier.scala 45:33]
  assign head2 = sigP[25:24]; // @[PositMultiplier.scala 46:28]
  assign _T_323 = head2[1]; // @[PositMultiplier.scala 47:31]
  assign _T_324 = ~ _T_323; // @[PositMultiplier.scala 47:25]
  assign _T_325 = head2[0]; // @[PositMultiplier.scala 47:42]
  assign addTwo = _T_324 & _T_325; // @[PositMultiplier.scala 47:35]
  assign _T_326 = sigP[25]; // @[PositMultiplier.scala 49:23]
  assign _T_327 = sigP[23]; // @[PositMultiplier.scala 49:49]
  assign addOne = _T_326 ^ _T_327; // @[PositMultiplier.scala 49:43]
  assign _T_328 = {addTwo,addOne}; // @[Cat.scala 29:58]
  assign expBias = {1'b0,$signed(_T_328)}; // @[PositMultiplier.scala 50:39]
  assign _T_329 = sigP[22:0]; // @[PositMultiplier.scala 53:81]
  assign _T_330 = sigP[21:0]; // @[PositMultiplier.scala 54:81]
  assign _T_331 = {_T_330, 1'h0}; // @[PositMultiplier.scala 54:104]
  assign frac = addOne ? _T_329 : _T_331; // @[PositMultiplier.scala 51:22]
  assign _T_332 = $signed(decA_scale) + $signed(decB_scale); // @[PositMultiplier.scala 56:30]
  assign _GEN_0 = {{4{expBias[2]}},expBias}; // @[PositMultiplier.scala 56:44]
  assign _T_334 = $signed(_T_332) + $signed(_GEN_0); // @[PositMultiplier.scala 56:44]
  assign mulScale = $signed(_T_334); // @[PositMultiplier.scala 56:44]
  assign underflow = $signed(mulScale) < $signed(-7'sh1a); // @[PositMultiplier.scala 57:28]
  assign overflow = $signed(mulScale) > $signed(7'sh1a); // @[PositMultiplier.scala 58:28]
  assign decM_sign = sigP[25:25]; // @[PositMultiplier.scala 62:29]
  assign _T_337 = underflow ? $signed(-7'sh1a) : $signed(mulScale); // @[Mux.scala 87:16]
  assign _T_338 = overflow ? $signed(7'sh1a) : $signed(_T_337); // @[Mux.scala 87:16]
  assign decM_fraction = frac[22:12]; // @[PositMultiplier.scala 70:29]
  assign decM_isNaR = decA_isNaR | decB_isNaR; // @[PositMultiplier.scala 71:31]
  assign decM_isZero = decA_isZero | decB_isZero; // @[PositMultiplier.scala 72:32]
  assign grsTmp = frac[11:0]; // @[PositMultiplier.scala 75:30]
  assign _T_342 = grsTmp[11:10]; // @[PositMultiplier.scala 78:32]
  assign _T_343 = grsTmp[9:0]; // @[PositMultiplier.scala 78:48]
  assign _T_344 = _T_343 != 10'h0; // @[PositMultiplier.scala 78:52]
  assign _GEN_1 = _T_338[5:0]; // @[PositMultiplier.scala 60:23 PositMultiplier.scala 63:17]
  assign decM_scale = $signed(_GEN_1); // @[PositMultiplier.scala 60:23 PositMultiplier.scala 63:17]
  assign _T_347 = decM_scale[0]; // @[convert.scala 46:61]
  assign _T_348 = ~ _T_347; // @[convert.scala 46:52]
  assign _T_350 = decM_sign ? _T_348 : _T_347; // @[convert.scala 46:42]
  assign _T_351 = decM_scale[5:1]; // @[convert.scala 48:34]
  assign _T_352 = _T_351[4:4]; // @[convert.scala 49:36]
  assign _T_354 = ~ _T_351; // @[convert.scala 50:36]
  assign _T_355 = $signed(_T_354); // @[convert.scala 50:36]
  assign _T_356 = _T_352 ? $signed(_T_355) : $signed(_T_351); // @[convert.scala 50:28]
  assign _T_357 = _T_352 ^ decM_sign; // @[convert.scala 51:31]
  assign _T_358 = ~ _T_357; // @[convert.scala 52:43]
  assign _T_362 = {_T_358,_T_357,_T_350,decM_fraction,_T_342,_T_344}; // @[Cat.scala 29:58]
  assign _T_363 = $unsigned(_T_356); // @[Shift.scala 39:17]
  assign _T_364 = _T_363 < 5'h11; // @[Shift.scala 39:24]
  assign _T_366 = _T_362[16:16]; // @[Shift.scala 90:30]
  assign _T_367 = _T_362[15:0]; // @[Shift.scala 90:48]
  assign _T_368 = _T_367 != 16'h0; // @[Shift.scala 90:57]
  assign _T_369 = _T_366 | _T_368; // @[Shift.scala 90:39]
  assign _T_370 = _T_363[4]; // @[Shift.scala 12:21]
  assign _T_371 = _T_362[16]; // @[Shift.scala 12:21]
  assign _T_373 = _T_371 ? 16'hffff : 16'h0; // @[Bitwise.scala 71:12]
  assign _T_374 = {_T_373,_T_369}; // @[Cat.scala 29:58]
  assign _T_375 = _T_370 ? _T_374 : _T_362; // @[Shift.scala 91:22]
  assign _T_376 = _T_363[3:0]; // @[Shift.scala 92:77]
  assign _T_377 = _T_375[16:8]; // @[Shift.scala 90:30]
  assign _T_378 = _T_375[7:0]; // @[Shift.scala 90:48]
  assign _T_379 = _T_378 != 8'h0; // @[Shift.scala 90:57]
  assign _GEN_2 = {{8'd0}, _T_379}; // @[Shift.scala 90:39]
  assign _T_380 = _T_377 | _GEN_2; // @[Shift.scala 90:39]
  assign _T_381 = _T_376[3]; // @[Shift.scala 12:21]
  assign _T_382 = _T_375[16]; // @[Shift.scala 12:21]
  assign _T_384 = _T_382 ? 8'hff : 8'h0; // @[Bitwise.scala 71:12]
  assign _T_385 = {_T_384,_T_380}; // @[Cat.scala 29:58]
  assign _T_386 = _T_381 ? _T_385 : _T_375; // @[Shift.scala 91:22]
  assign _T_387 = _T_376[2:0]; // @[Shift.scala 92:77]
  assign _T_388 = _T_386[16:4]; // @[Shift.scala 90:30]
  assign _T_389 = _T_386[3:0]; // @[Shift.scala 90:48]
  assign _T_390 = _T_389 != 4'h0; // @[Shift.scala 90:57]
  assign _GEN_3 = {{12'd0}, _T_390}; // @[Shift.scala 90:39]
  assign _T_391 = _T_388 | _GEN_3; // @[Shift.scala 90:39]
  assign _T_392 = _T_387[2]; // @[Shift.scala 12:21]
  assign _T_393 = _T_386[16]; // @[Shift.scala 12:21]
  assign _T_395 = _T_393 ? 4'hf : 4'h0; // @[Bitwise.scala 71:12]
  assign _T_396 = {_T_395,_T_391}; // @[Cat.scala 29:58]
  assign _T_397 = _T_392 ? _T_396 : _T_386; // @[Shift.scala 91:22]
  assign _T_398 = _T_387[1:0]; // @[Shift.scala 92:77]
  assign _T_399 = _T_397[16:2]; // @[Shift.scala 90:30]
  assign _T_400 = _T_397[1:0]; // @[Shift.scala 90:48]
  assign _T_401 = _T_400 != 2'h0; // @[Shift.scala 90:57]
  assign _GEN_4 = {{14'd0}, _T_401}; // @[Shift.scala 90:39]
  assign _T_402 = _T_399 | _GEN_4; // @[Shift.scala 90:39]
  assign _T_403 = _T_398[1]; // @[Shift.scala 12:21]
  assign _T_404 = _T_397[16]; // @[Shift.scala 12:21]
  assign _T_406 = _T_404 ? 2'h3 : 2'h0; // @[Bitwise.scala 71:12]
  assign _T_407 = {_T_406,_T_402}; // @[Cat.scala 29:58]
  assign _T_408 = _T_403 ? _T_407 : _T_397; // @[Shift.scala 91:22]
  assign _T_409 = _T_398[0:0]; // @[Shift.scala 92:77]
  assign _T_410 = _T_408[16:1]; // @[Shift.scala 90:30]
  assign _T_411 = _T_408[0:0]; // @[Shift.scala 90:48]
  assign _GEN_5 = {{15'd0}, _T_411}; // @[Shift.scala 90:39]
  assign _T_413 = _T_410 | _GEN_5; // @[Shift.scala 90:39]
  assign _T_415 = _T_408[16]; // @[Shift.scala 12:21]
  assign _T_416 = {_T_415,_T_413}; // @[Cat.scala 29:58]
  assign _T_417 = _T_409 ? _T_416 : _T_408; // @[Shift.scala 91:22]
  assign _T_420 = _T_371 ? 17'h1ffff : 17'h0; // @[Bitwise.scala 71:12]
  assign _T_421 = _T_364 ? _T_417 : _T_420; // @[Shift.scala 39:10]
  assign _T_422 = _T_421[3]; // @[convert.scala 55:31]
  assign _T_423 = _T_421[2]; // @[convert.scala 56:31]
  assign _T_424 = _T_421[1]; // @[convert.scala 57:31]
  assign _T_425 = _T_421[0]; // @[convert.scala 58:31]
  assign _T_426 = _T_421[16:3]; // @[convert.scala 59:69]
  assign _T_427 = _T_426 != 14'h0; // @[convert.scala 59:81]
  assign _T_428 = ~ _T_427; // @[convert.scala 59:50]
  assign _T_430 = _T_426 == 14'h3fff; // @[convert.scala 60:81]
  assign _T_431 = _T_422 | _T_424; // @[convert.scala 61:44]
  assign _T_432 = _T_431 | _T_425; // @[convert.scala 61:52]
  assign _T_433 = _T_423 & _T_432; // @[convert.scala 61:36]
  assign _T_434 = ~ _T_430; // @[convert.scala 62:63]
  assign _T_435 = _T_434 & _T_433; // @[convert.scala 62:103]
  assign _T_436 = _T_428 | _T_435; // @[convert.scala 62:60]
  assign _GEN_6 = {{13'd0}, _T_436}; // @[convert.scala 63:56]
  assign _T_439 = _T_426 + _GEN_6; // @[convert.scala 63:56]
  assign _T_440 = {decM_sign,_T_439}; // @[Cat.scala 29:58]
  assign _T_442 = decM_isZero ? 15'h0 : _T_440; // @[Mux.scala 87:16]
  assign io_M = decM_isNaR ? 15'h4000 : _T_442; // @[PositMultiplier.scala 86:8]
endmodule